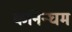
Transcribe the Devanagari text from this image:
कनिन्घम